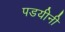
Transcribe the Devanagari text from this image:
पडयीनी